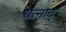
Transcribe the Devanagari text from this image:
यत्नाद्